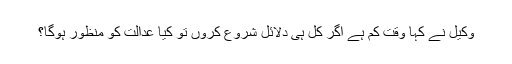
وکیل نے کہا وقت کم ہے اگر کل ہی دلائل شروع کروں تو کیا عدالت کو منظور ہوگا؟